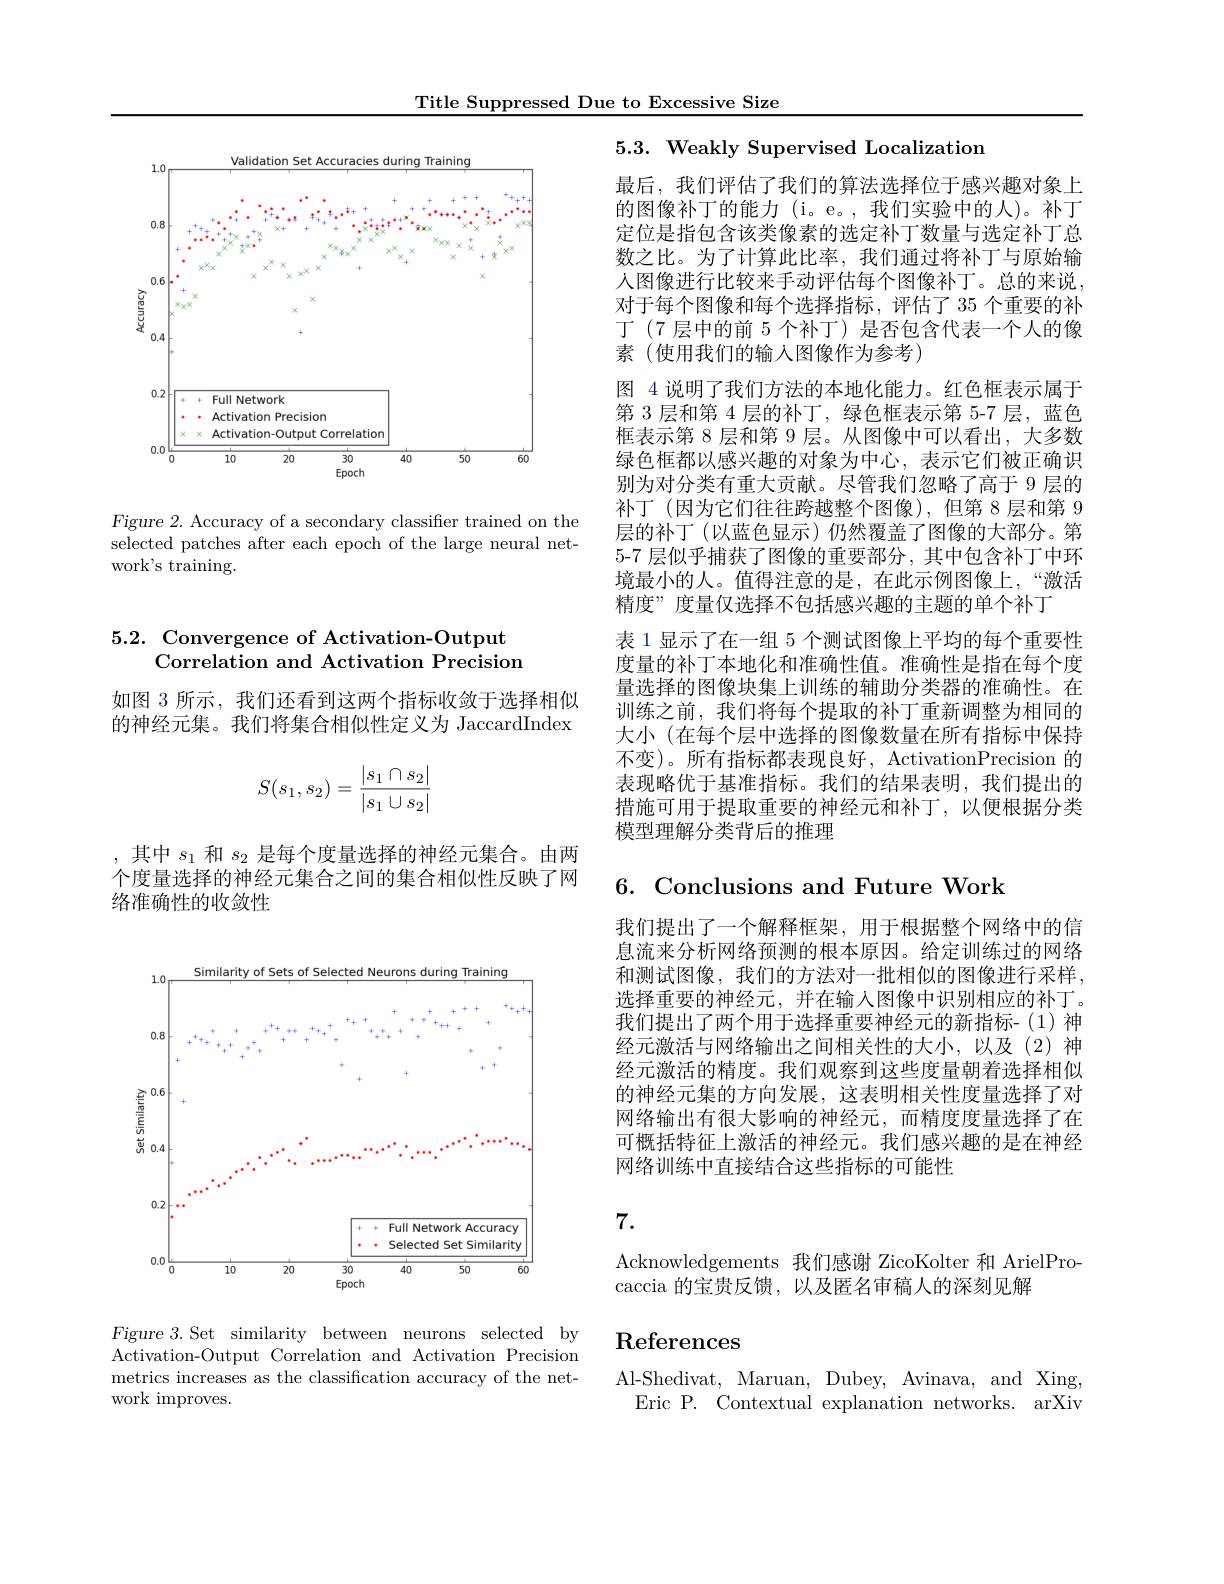
Title Suppressed Due to Excessive Size

<FigureHere>

Figure 2. Accuracy of a secondary classifier trained on the selected patches after each epoch of the large neural network's training.

# 5.2. Convergence of Activation-Output Correlation and Activation Precision

如图 3 所示，我们还看到这两个指标收敛于选择相似的神经元集。我们将集合相似性定义为 JaccardIndex
$$S(s_1,s_2)=\frac{|s_1\cap s_2|}{|s_1\cup s_2|}$$
,其中$s_1$和$s_2$是每个度量选择的神经元集合。由两个度量选择的神经元集合之间的集合相似性反映了网络准确性的收敛性

5.3. Weakly Supervised Localization

最后，我们评估了我们的算法选择位于感兴趣对象上的图像补丁的能力(i。e。,我们实验中的人)。补丁定位是指包含该类像素的选定补丁数量与选定补丁总数之比。为了计算此比率，我们通过将补丁与原始输人图像进行比较来手动评估每个图像补丁。总的来说对于每个图像和每个选择指标，评估了 35 个重要的补丁(7 层中的前 5 个补丁) 是否包含代表一个人的像素 (使用我们的输入图像作为参考)
图 4 说明了我们方法的本地化能力。红色框表示属于第 3 层和第 4 层的补丁，绿色框表示第 5-7 层，蓝色框表示第 8 层和第 9 层。从图像中可以看出，大多数绿色框都以感兴趣的对象为中心，表示它们被正确识别为对分类有重大贡献。尽管我们忽略了高于 9 层的补丁 (因为它们往往跨越整个图像),但第 8 层和第 9层的补丁(以蓝色显示)仍然覆盖了图像的大部分。第5-7 层似乎捕获了图像的重要部分，其中包含补丁中环境最小的人。值得注意的是，在此示例图像上，“激活精度”度量仅选择不包括感兴趣的主题的单个补丁
表 1 显示了在一组 5 个测试图像上平均的每个重要性度量的补丁本地化和准确性值。准确性是指在每个度量选择的图像块集上训练的辅助分类器的准确性。在训练之前，我们将每个提取的补丁重新调整为相同的大小 (在每个层中选择的图像数量在所有指标中保持不变)。所有指标都表现良好，ActivationPrecision 的表现略优于基准指标。我们的结果表明，我们提出的措施可用于提取重要的神经元和补丁，以便根据分类模型理解分类背后的推理

6. Conclusions and Future Work

我们提出了一个解释框架，用于根据整个网络中的信息流来分析网络预测的根本原因。给定训练过的网络和测试图像，我们的方法对一批相似的图像进行采样， 选择重要的神经元，并在输入图像中识别相应的补丁。我们提出了两个用于选择重要神经元的新指标-(1)神经元激活与网络输出之间相关性的大小，以及(2)神经元激活的精度。我们观察到这些度量朝着选择相似的神经元集的方向发展，这表明相关性度量选择了对网络输出有很大影响的神经元，而精度度量选择了在可概括特征上激活的神经元。我们感兴趣的是在神经网络训练中直接结合这些指标的可能性

7.

Acknowledgements 我们感谢 ZicoKolter 和 ArielPro-
caccia 的宝贵反馈，以及匿名审稿人的深刻见解

# References

Al-Shedivat, Maruan, Dubey, Avinava, and Xing
Eric P. Contextual explanation networks. arXiv

<FigureHere>

Figure 3.Set similarity between neurons selected by Activation-Output Correlation and Activation Precision metrics increases as the classification accuracy of the network improves.